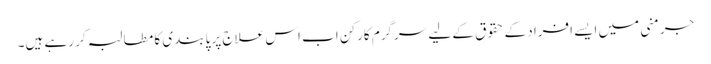
جرمنی میں ایسے افراد کے حقوق کے لیے سرگرم کارکن اب اس علاج پر پابندی کا مطالبہ کر رہے ہیں۔